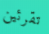
تقرئين